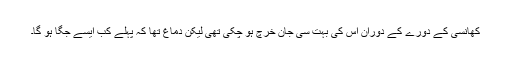
کھانسی کے دورے کے دوران اس کی بہت سی جان خرچ ہو چکی تھی لیکن دماغ تھا کہ پہلے کب ایسے جگا ہو گا۔